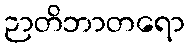
ဉာတိဘာတရော